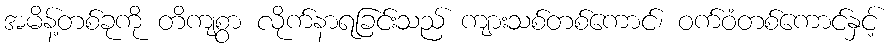
အမိန့်တစ်ခုကို တိကျစွာ လိုက်နာရခြင်းသည် ကျားသစ်တစ်ကောင်၊ ဝက်ဝံတစ်ကောင်နှင့်